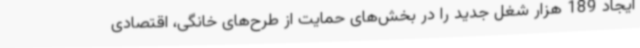
ایجاد 189 هزار شغل جدید را در بخش‌های حمایت از طرح‌های خانگی، اقتصادی